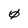
Character: 0